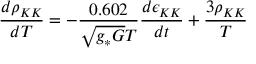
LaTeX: \frac { d \rho _ { K K } } { d T } = - \frac { 0 . 6 0 2 } { \sqrt { g _ { * } G } T } \frac { d \epsilon _ { K K } } { d t } + \frac { 3 \rho _ { K K } } { T }